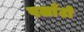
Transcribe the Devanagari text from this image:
पलाँटों